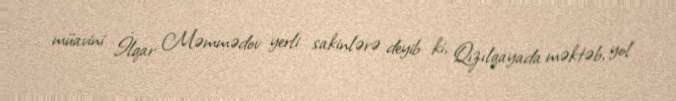
müavini İlqar Məmmədov yerli sakinlərə deyib ki, Qızılqayada məktəb, yol